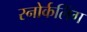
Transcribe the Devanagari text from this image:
स्‍नोर्कलिंग